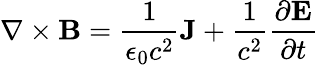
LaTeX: \nabla\times\mathbf{B}={\frac{1}{\epsilon_{0}c^{2}}}\mathbf{J}+{\frac{1}{c^{2}}}{\frac{\partial\mathbf{E}}{\partial t}}